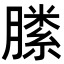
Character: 𣎝